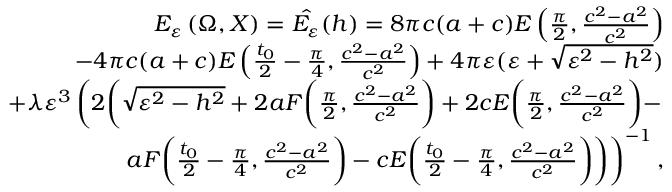
\begin{array} { r } { E _ { \varepsilon } \left( \Omega , X \right) = \hat { E _ { \varepsilon } } ( h ) = 8 \pi c ( a + c ) E \left( \frac { \pi } { 2 } , { \frac { c ^ { 2 } - a ^ { 2 } } { c ^ { 2 } } } \right) } \\ { - 4 \pi c ( a + c ) E \left( \frac { t _ { 0 } } { 2 } - \frac { \pi } { 4 } , \frac { c ^ { 2 } - a ^ { 2 } } { c ^ { 2 } } \right) + 4 \pi \varepsilon ( \varepsilon + \sqrt { \varepsilon ^ { 2 } - h ^ { 2 } } ) } \\ { + \lambda \varepsilon ^ { 3 } \left( 2 \bigg ( \sqrt { \varepsilon ^ { 2 } - h ^ { 2 } } + 2 a F \bigg ( \frac { \pi } { 2 } , \frac { c ^ { 2 } - a ^ { 2 } } { c ^ { 2 } } \bigg ) + 2 c E \bigg ( \frac { \pi } { 2 } , \frac { c ^ { 2 } - a ^ { 2 } } { c ^ { 2 } } \bigg ) - \right. } \\ { \left. a F \bigg ( \frac { t _ { 0 } } { 2 } - \frac { \pi } { 4 } , { \frac { c ^ { 2 } - a ^ { 2 } } { c ^ { 2 } } } \bigg ) - c E \bigg ( \frac { t _ { 0 } } { 2 } - \frac { \pi } { 4 } , { \frac { c ^ { 2 } - a ^ { 2 } } { c ^ { 2 } } } \bigg ) \bigg ) \right) ^ { - 1 } , } \end{array}